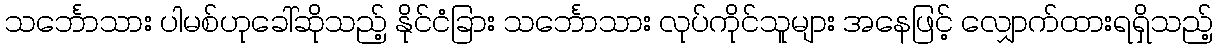
သင်္ဘောသား ပါမစ်ဟုခေါ်ဆိုသည့် နိုင်ငံခြား သင်္ဘောသား လုပ်ကိုင်သူများ အနေဖြင့် လျှောက်ထားရရှိသည့်